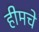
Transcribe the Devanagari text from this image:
हीमचे